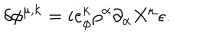
\delta \phi ^ { \mu , k } = i e _ { \phi } ^ { k } \rho ^ { \alpha } \partial _ { \alpha } X ^ { \mu } \epsilon .